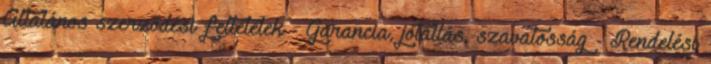
Általános szerződési feltételek - Garancia, jótállás, szavatosság - Rendelési